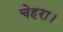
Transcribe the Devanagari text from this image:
चेहरा।